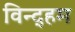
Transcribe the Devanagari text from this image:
विन्द्हम